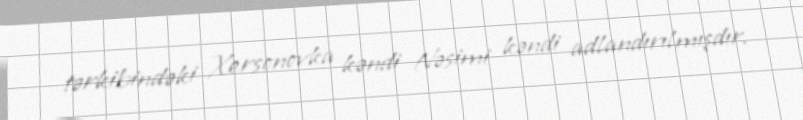
tərkibindəki Xersonovka kəndi Nəsimi kəndi adlandırılmışdır.